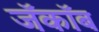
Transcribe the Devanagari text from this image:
जॅकॉब